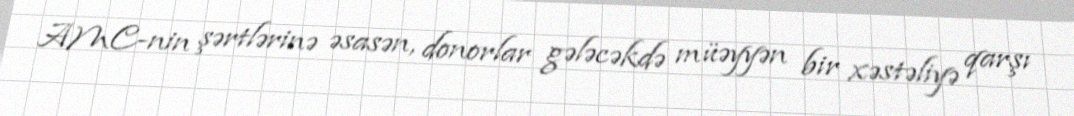
AMC-nin şərtlərinə əsasən, donorlar gələcəkdə müəyyən bir xəstəliyə qarşı